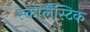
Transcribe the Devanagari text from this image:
स्कालैस्टिक